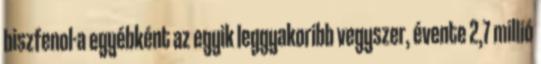
biszfenol-a egyébként az egyik leggyakoribb vegyszer, évente 2,7 millió